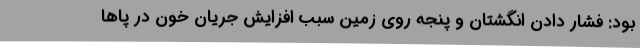
بود: فشار دادن انگشتان و پنجه روی زمین سبب افزایش جریان خون در پاها